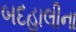
બદહાલીના